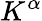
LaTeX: K^{\alpha}